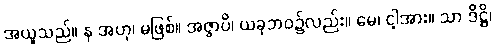
အယူသည်။ န အဟု၊ မဖြစ်။ အဇ္ဇာပိ၊ ယခုဘဝ၌လည်း။ မေ၊ ငါ့အား။ သာ ဒိဋ္ဌိ၊